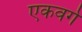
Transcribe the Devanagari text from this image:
एकवर्ग